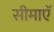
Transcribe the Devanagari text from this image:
सीमाएॅ